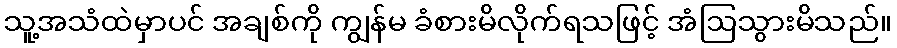
သူ့အသံထဲမှာပင် အချစ်ကို ကျွန်မ ခံစားမိလိုက်ရသဖြင့် အံဩသွားမိသည်။